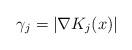
LaTeX: \begin{align*} \gamma_j = |\nabla K_j(x)| \ \end{align*}